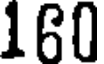
160